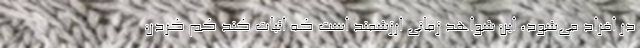
در افراد می‌شود، این شواهد زمانی ارزشمند است که اثبات کند کم کردن